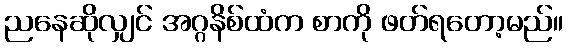
ညနေဆိုလျှင် အဂ္ဂနိစ်ထံက စာကို ဖတ်ရတော့မည်။